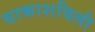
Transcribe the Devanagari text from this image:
साकाशविली